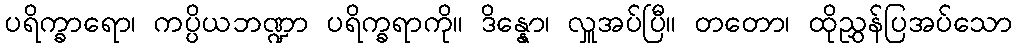
ပရိက္ခာရော၊ ကပ္ပိယဘဏ္ဍာ ပရိက္ခရာကို။ ဒိန္နော၊ လှူအပ်ပြီ။ တတော၊ ထိုညွှန်ပြအပ်သော